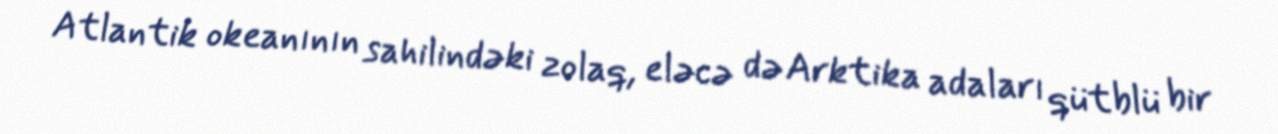
Atlantik okeanının sahilindəki zolaq, eləcə də Arktika adaları qütblü bir